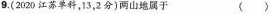
9.(2020江苏单科，13，2分)两山地属于 ( )